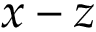
x - z